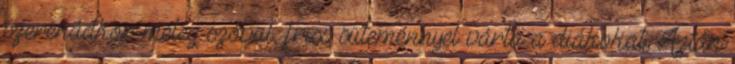
szerenádkor meleg szóval, friss süteménnyel várta a diákokat. Aztán